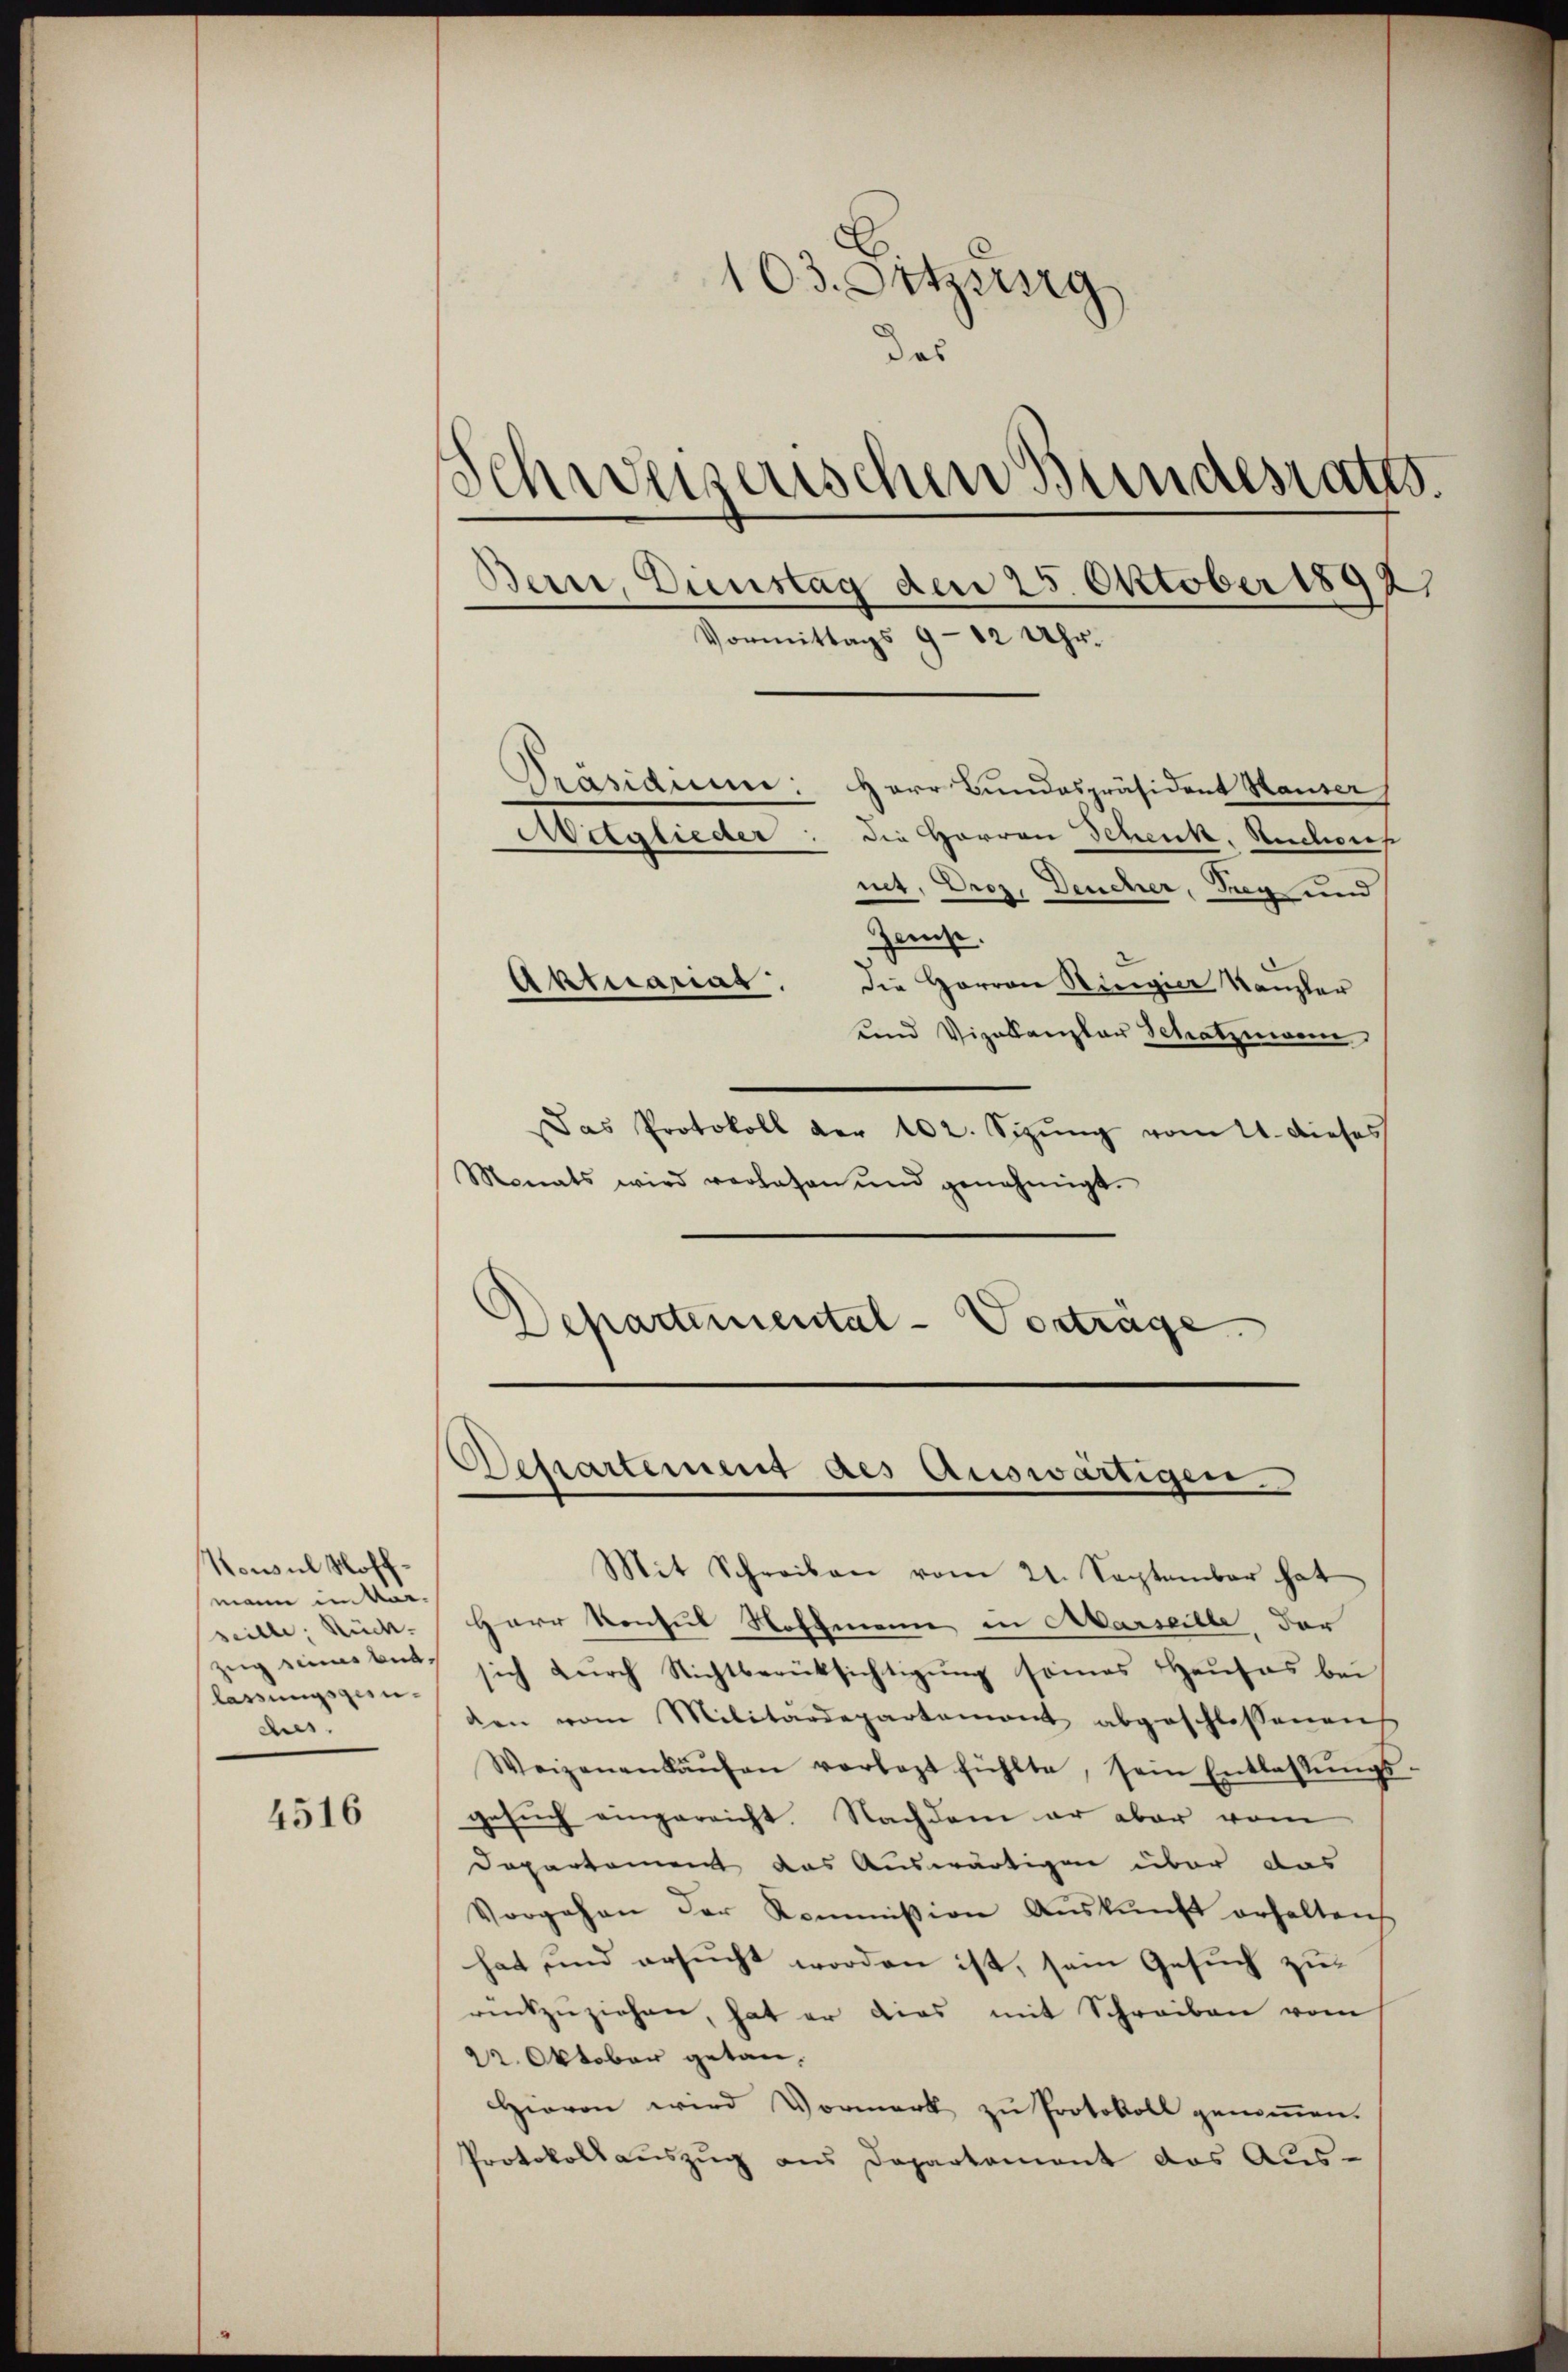
Konsul Hoffmann im vor- |
Zeig eine bet
lassungsgen
cues.

4516

103. Sitzung
das
Schweisenschen Bundesrates.
Bern, Gunstag den 25. Oktober 1892
Vormittags 9 - 12 Uhr.
Präsidium Herr Bundespräsident Hauser
Mitglieder: die Herren Schenk. Ruchois
net. Droz. Deucher, Tag und

Zase.
Aktuariar.
die Herren Regier Kanzler
und Vizekanzlar Schatzmann
Das Protokoll der 102. Sizŭng vom 21. dieses
Monats wird verlesen ŭnd genehmigt.
Departemental-Vorträge.

Departement des Auswärtigen.

Mit Schreiben vom 21. September hat
seille, Rück. Herr Konsul Hoffmann in Marseille, der
sich durch Nichtberücksichtigung seines Hauses bei
den vom Militärdepartemont abgeschlossenens
Weizenenkaŭfen vorlegt fühlte, sein Entlassŭngs-
gesuch eingereicht. Nachdem er aber vom
Departement das Auswärtigen über das
Vorgehen der Kommission Auskunft erhalten
hat und ersucht worden ist, sein Gesuch zurückzŭziehen, hat er dies mit Schreiben vom
22. Oktober getan.
Hievon wird Vormerk zŭ Protokoll genoṁen.
Protokoll aŭszŭg ans Departement das Aŭs-